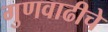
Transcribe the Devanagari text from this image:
गुणवाढीचे